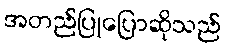
အတည်ပြုပြောဆိုသည်